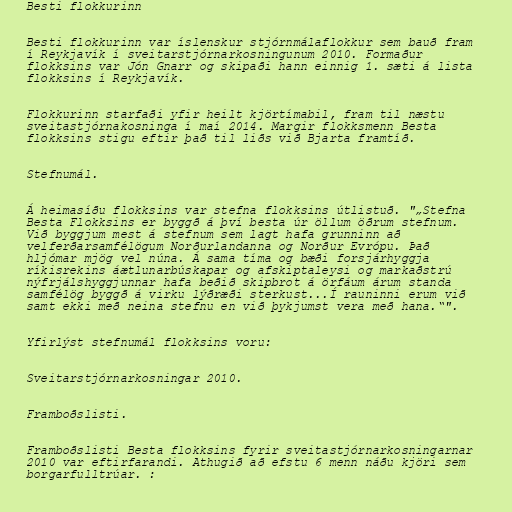
Besti flokkurinn

Besti flokkurinn var íslenskur stjórnmálaflokkur sem bauð fram
í Reykjavík í sveitarstjórnarkosningunum 2010. Formaður
flokksins var Jón Gnarr og skipaði hann einnig 1. sæti á lista
flokksins í Reykjavík.

Flokkurinn starfaði yfir heilt kjörtímabil, fram til næstu
sveitastjórnakosninga í maí 2014. Margir flokksmenn Besta
flokksins stigu eftir það til liðs við Bjarta framtíð.

Stefnumál.

Á heimasíðu flokksins var stefna flokksins útlistuð. "„Stefna
Besta Flokksins er byggð á því besta úr öllum öðrum stefnum.
Við byggjum mest á stefnum sem lagt hafa grunninn að
velferðarsamfélögum Norðurlandanna og Norður Evrópu. Það
hljómar mjög vel núna. Á sama tíma og bæði forsjárhyggja
ríkisrekins áætlunarbúskapar og afskiptaleysi og markaðstrú
nýfrjálshyggjunnar hafa beðið skipbrot á örfáum árum standa
samfélög byggð á virku lýðræði sterkust...Í rauninni erum við
samt ekki með neina stefnu en við þykjumst vera með hana.“".

Yfirlýst stefnumál flokksins voru:

Sveitarstjórnarkosningar 2010.

Framboðslisti.

Framboðslisti Besta flokksins fyrir sveitastjórnarkosningarnar
2010 var eftirfarandi. Athugið að efstu 6 menn náðu kjöri sem
borgarfulltrúar. :